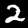
Label: 2